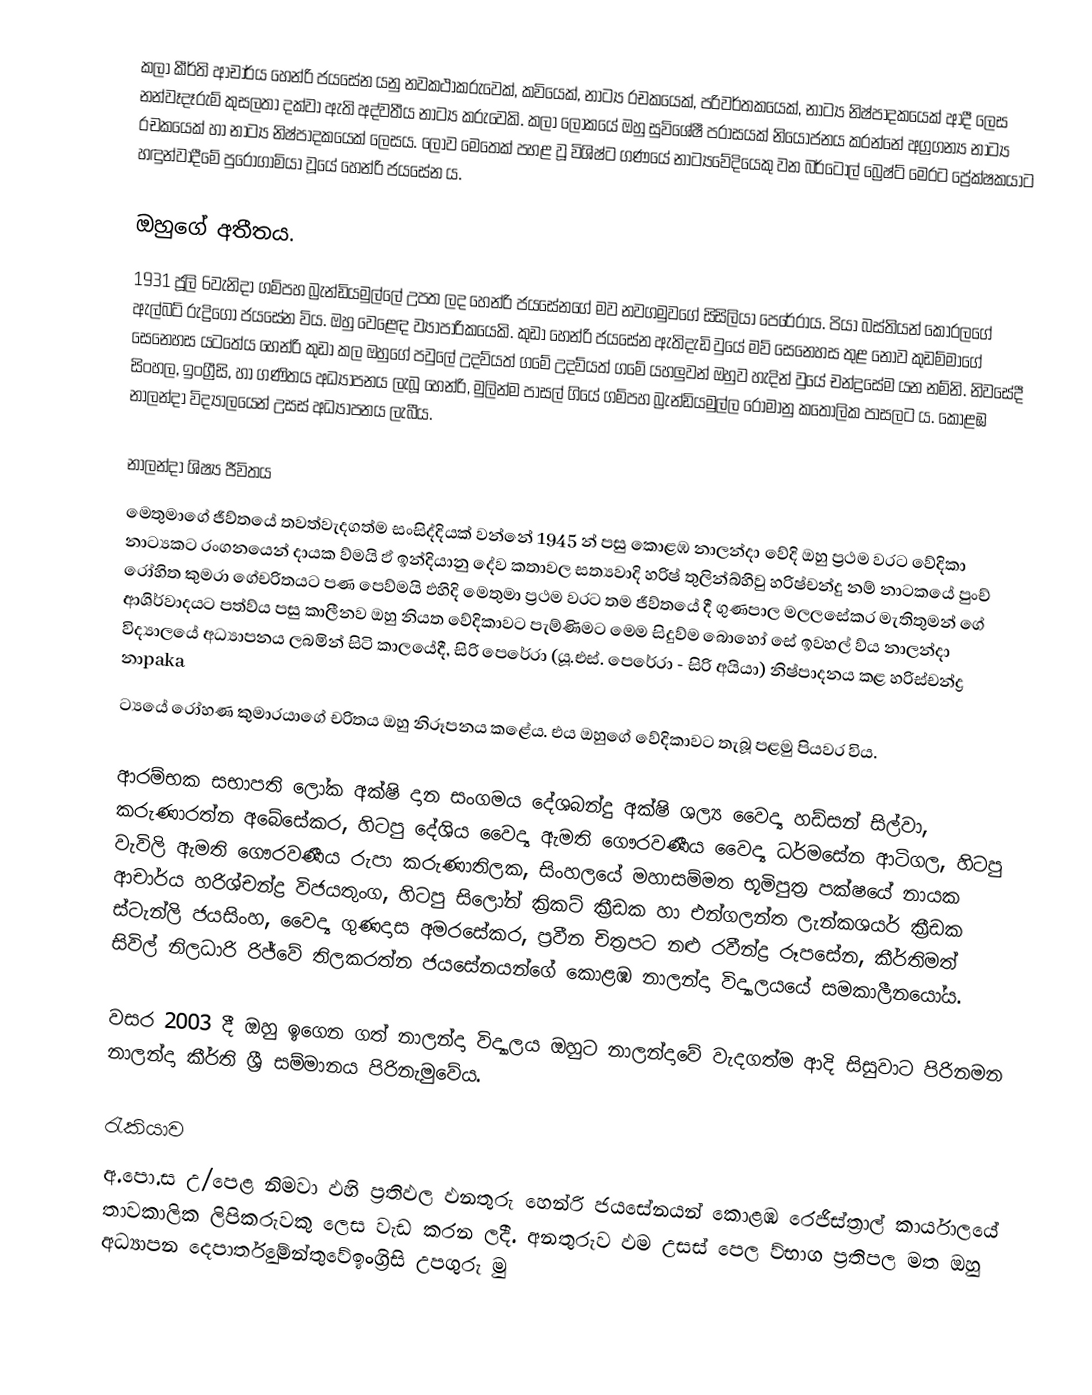
කලා කීර්ති ආචාර්ය හෙන්රි ජයසේන යනු නවකථාකරුවෙක්, කවියෙක්, නාට්‍ය රචකයෙක්, පරිවර්තකයෙක්, නාට්‍ය නිෂ්පාදක‍යෙක් ආදී ලෙස නන්වෑදෑරුම් කුසලතා දක්වා ඇති  අද්වතීය නාට්‍ය කරුවෙකි. කලා ‍ලෝකයේ ඔහු සුවිශේෂී පරාසයක් නියෝජනය කරන්නේ අග්‍රගන්‍ය නාට්‍ය රචකයෙක් හා නාට්‍ය නිෂ්පාදකයෙක් ලෙසය. ලොව මෙතෙක් පහළ වූ විශිෂ්ට ගණයේ නාට්‍යවේදියෙකු වන බර්ටෝල් බ්‍රෙෂ්ට් මෙරට ප්‍රේක්ෂකයාට හඳුන්වාදීමේ පුරෝගාමියා වූයේ හෙන්රි ජයසේන ය.

ඔහුගේ අතීතය.
1931 ජූලි 6වැනිදා ගම්පහ බ්‍රැන්ඩියමුල්ලේ උපත ලද හෙන්රි ජයසේනගේ මව නවගමුවගේ සිසිලියා පෙරේරාය. පියා  බස්තියන් ‍කෝරලගේ ඇල්බට් රුද්‍රිගෝ ජයසේන විය. ඔහු වෙළෙඳ ව්‍යාපාරිකයෙකි. කුඩා හෙන්රි  ජයසේන ඇතිදැඩි වුයේ මව් සෙනෙහස තුළ නොව කුඩම්මාගේ සෙනෙහස යටතේය හෙන්රි කුඩා කල ඔහුගේ පවුලේ උදව්යත් ගමේ උදව්යත් ගමේ යහලුවන් ඔහුව හැදින් වුයේ චන්ද්‍රසේම යන නම්නි.  නිවසේදී සිංහල, ඉංග්‍රීසි, හා  ගණිතය අධ්‍යාපනය ලැබූ හෙන්රි,  මුලින්ම පාසල් ගියේ ගම්පහ බ්‍රැන්ඩියමුල්ල රෝමානු කතෝලික පාසලට ය. කොළඹ නාලන්දා විද්‍යාලයෙන් උසස් අධ්‍යාපනය ලැබීය.

නාලන්දා ශිෂ්‍ය ජීවිතය
මෙතුමාගේ ජීව්තයේ තවත්වැදගත්ම සංසිද්දියක් වන්නේ 1945 න් පසු කොළඹ නාලන්දා වේදි ඔහු ප්‍රථම වරට වේදිකා නාට්‍යකට රංගනයෙන් දායක ව්මයි ඵ් ඉන්දියානු දේව කතාවල සත්‍යවාදි හරිෂ් තුලින්බ්හිවු හරිෂ්චන්දු නම් නාටකයේ පුංච් රෝහිත කුමරා ගේචරිතයට පණ පෙව්මයි ඵහිදි මෙතුමා ප්‍රථම වරට තම ජීව්තයේ දී ගුණපාල මලලසේකර මැතිතුමන් ගේ ආශිර්වාදයට පත්ව්ය පසු කාලීනව ඔහු නියත වේදිකාවට පැම්ණිමට මෙම සිදුව්ම බොහෝ සේ ඉවහල් ව්ය  නාලන්දා විද්‍යාල‍යේ අධ්‍යාපනය ලබමින් සිටි කාලයේදී,  සිරි පෙරේරා (යූ.එස්. පෙරේරා - සිරි අයියා) නිෂ්පාදනය කළ හරිස්චන්ද්‍ර නාpaka
ට්‍යයේ රෝහණ කුමාරයාගේ චරිතය ඔහු නිරූපනය කළේය. එය ඔහුගේ වේදිකාවට තැබූ පළමු පියවර විය.

ආරම්භක සභාපති ලෝක අක්ෂි දාන සංගමය දේශබන්දු අක්ෂි ශල්‍ය වෛද්‍ය හඩ්සන් සිල්වා, කරුණාරත්න අබේසේකර, හිටපු දේශිය වෛද්‍ය ඇමති ගෞරවණීය වෛද්‍ය ධර්මසේන ආටිගල, හිටපු වැවිලි ඇමති ගෞරවණීය  රුපා කරුණාතිලක, සිංහලයේ මහාසම්මත භූමිපුත්‍ර පක්ෂයේ නායක ආචාර්ය හරිශ්චන්ද්‍ර විජයතුංග, හිටපු සිලෝන් ක්‍රිකට් ක්‍රීඩක හා එන්ගලන්ත ලැන්කශයර් ක්‍රීඩක ස්ටැන්ලි ජයසිංහ, වෛද්‍ය ගුණදාස අමරසේකර, ප්‍රවීන චිත්‍රපට නළු රවීන්ද්‍ර රූපසේන, කීර්තිමත් සිවිල් නිලධාරි රිජ්වේ තිලකරත්න  ජයසේනයන්ගේ කොළඹ නාලන්දා විද්‍යාලයයේ සමකාලීනයෝය.

වසර 2003 දී ඔහු ඉගෙන ගත් නාලන්දා විද්‍යාලය ඔහුට නාලන්දාවේ වැදගත්ම ආදි සිසුවාට පිරිනමන නාලන්දා කීර්ති ශ්‍රී සම්මානය පිරිනැමුවේය.

රැකියාව
අ.පො.ස උ/පෙළ නිමවා ඵහි ප්‍රතිඵල ඵනතුරු හෙන්රි ජයසේනයන් කොළඹ රෙජිස්ත්‍රාල් කාර්යාලයේ තාවකාලික ලිපිකරුවකු ලෙස වැඩ කරන ලදී. අනතුරුව ඵම උසස් පෙල ව්භාග ප්‍රතිපල මත ඔහු අධ්‍යාපන දෙපාර්තුමේන්තුවේඉංග්‍රිසි උපගුරු මු